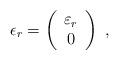
\begin{align*}\epsilon_r = \left( \begin{array}{c} \varepsilon_r \\ 0 \end{array} \right) \ , \end{align*}